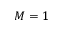
M = 1